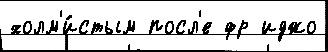
холм'и́стым посл'е фр иджо